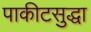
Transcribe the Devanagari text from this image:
पाकीटसुद्धा